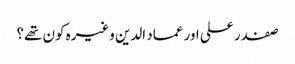
صفدر علی اور عماد الدین وغیرہ کون تھے؟